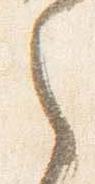
之